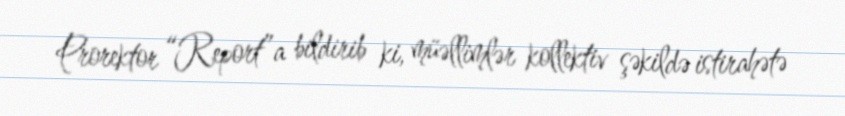
Prorektor “Report”a bildirib ki, müəllimlər kollektiv şəkildə istirahətə